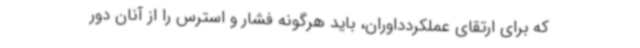
که برای ارتقای عملکردداوران، باید هرگونه فشار و استرس را از آنان دور